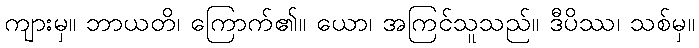
ကျားမှ။ ဘာယတိ၊ ကြောက်၏။ ယော၊ အကြင်သူသည်။ ဒီပိဿ၊ သစ်မှ။